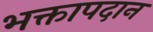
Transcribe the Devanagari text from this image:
भक्तापदान